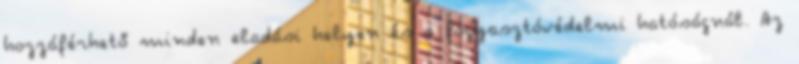
hozzáférhető minden eladási helyen és a fogyasztóvédelmi hatóságnál. Az